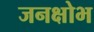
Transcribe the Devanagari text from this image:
जनक्षोभ